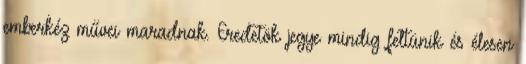
emberkéz művei maradnak. Eredetök jegye mindig feltünik és élesen